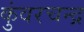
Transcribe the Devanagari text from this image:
कुंवरचन्द्र